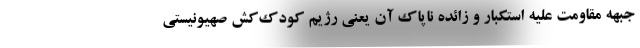
جبهه مقاومت علیه استکبار و زائده ناپاک آن یعنی رژیم کودک‌کش صهیونیستی